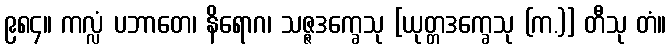
၉၈၄။ ကလ္လံ ပဘာတေ၊ နိရောဂ၊ သဇ္ဇဒက္ခေသု [ယုတ္တဒက္ခေသု (က.)] တီသု တံ။